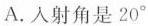
A.入射角是20°